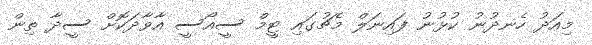
މިއަދު ހެނދުނު ކުޅުނު ފައިނަލް މެޗުގައި ޓީމް ސީއޯސީ އާވާދަކޮށް ސީދާ ތިން